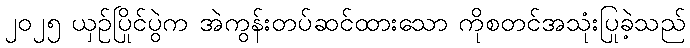
၂၀၂၅ ယှဉ်ပြိုင်ပွဲက အဲကွန်းတပ်ဆင်ထားသော ကိုစတင်အသုံးပြုခဲ့သည်